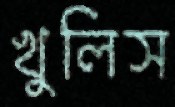
খুলিস